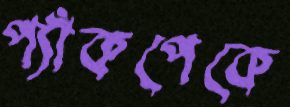
প্যাঁকপেকে